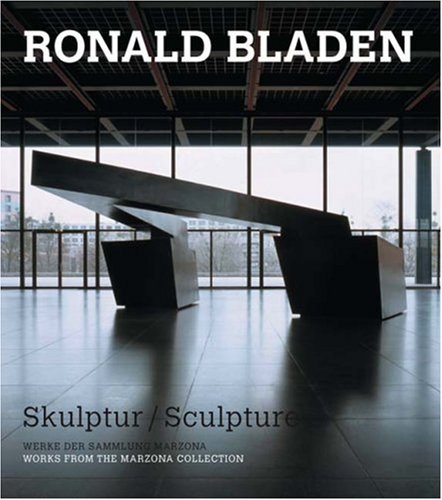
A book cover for Ronald Bladen: Skulptur/Sculpture (German and English Edition); Fritz Jacobi; Arts & Photography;